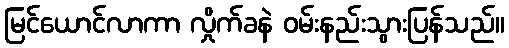
မြင်ယောင်လာကာ လှိုက်ခနဲ ဝမ်းနည်းသွားပြန်သည်။